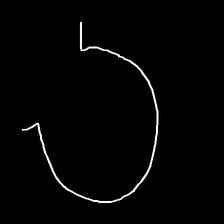
Glyph: weave